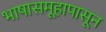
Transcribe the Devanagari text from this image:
भाषासमूहापासून